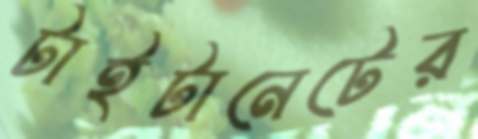
টাইটানেটের